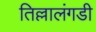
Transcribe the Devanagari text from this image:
तिल्लालंगडी